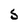
Character: s